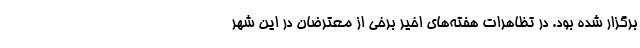
برگزار شده بود. در تظاهرات هفته‌های اخیر برخی از معترضان در این شهر